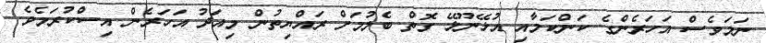
ނަމަވެސް އަހަރެންގެ ކަންކަމާއި އުޅޭނޫޅޭ ގޮތް ބެލުމަށް ރައްޔިތުން މިއަދު އަހަރެން އިސްކުރަމެވެ.